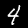
Label: 4